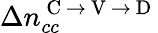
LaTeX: \Delta n_{cc}^{\mathrm{~C~}\rightarrow\mathrm{~V~}\rightarrow\mathrm{~D~}}